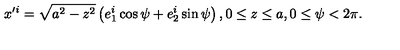
x ^ { \prime i } = \sqrt { a ^ { 2 } - z ^ { 2 } } \left( e _ { 1 } ^ { i } \cos \psi + e _ { 2 } ^ { i } \sin \psi \right) , 0 \leq z \leq a , 0 \leq \psi < 2 \pi .